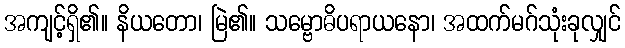
အကျင့်ရှိ၏။ နိယတော၊ မြဲ၏။ သမ္ဗောဓိပရာယနော၊ အထက်မဂ်သုံးခုလျှင်